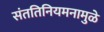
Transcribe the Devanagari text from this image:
संततिनियमनामुळे